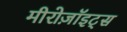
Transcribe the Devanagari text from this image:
मीरोज़ॉइट्स